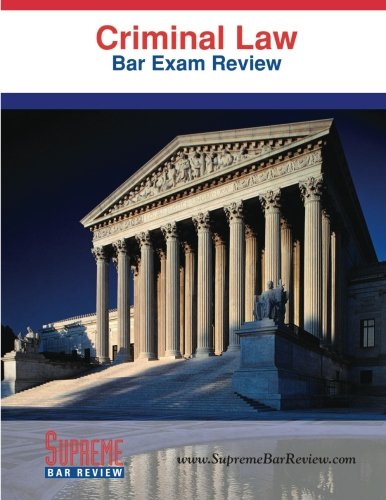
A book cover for Criminal Law: Bar Exam Review; Supreme Bar Review; Test Preparation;